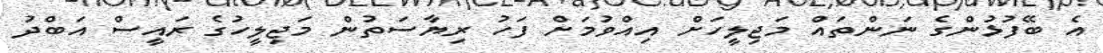
އެ ބޭފުޅުންގެ ނަންތައް މަޖިލީހަށް އިއްވުމަށް ފަހު ރިޔާސަތުން މަޖިލީހުގެ ރައީސް އަބްދު